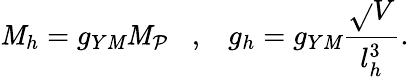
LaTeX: \mathit{M}_{h}=g_{Y\mathit{M}}\mathit{M}_{\mathcal{P}}\; \; \; ,\; \; \; g_{h}=g_{Y\mathit{M}}\frac{{\sqrt{}{{V}}}}{{l_{h}^{3}}}.